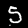
Digit: 5